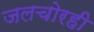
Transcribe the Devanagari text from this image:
जलचोरही